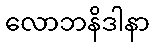
လောဘနိဒါနာ